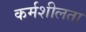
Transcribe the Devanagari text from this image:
कर्मशीलता